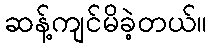
ဆန့်ကျင်မိခဲ့တယ်။